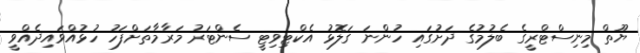
ޔޫތް މިނިސްޓްރީގެ ބެލުމުގެ ދަށުގައި ހުންނަ ގަލޮޅު އެކްޓިވިޓީ ސެންޓަރު މަރާމާތަށްފަހު ހުޅުއްވައިދެއްވީ